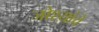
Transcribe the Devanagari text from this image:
जोश्य़ांचे